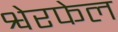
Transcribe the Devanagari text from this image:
श्वेरफेल